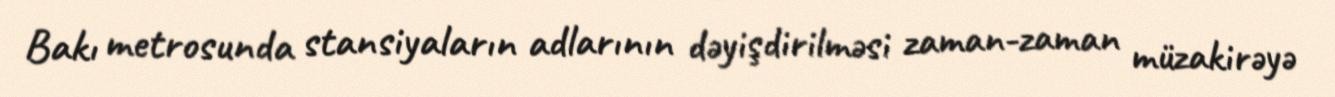
Bakı metrosunda stansiyaların adlarının dəyişdirilməsi zaman-zaman müzakirəyə